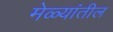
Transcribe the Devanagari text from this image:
मेळ्यांतील